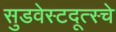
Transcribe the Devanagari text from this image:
सुडवेस्टदूत्स्चे